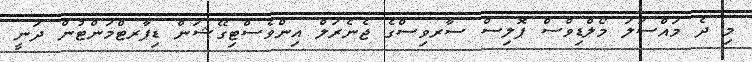
މި ދެ މައްސަލަ މޯލްޑިވްސް ޕޮލިސް ސާރވިސްގެ ޖެނެރަލް އިންވެސްޓިގޭޝަން ޑިޕާރޓްމަންޓުން ދަނީ